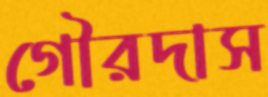
গৌরদাস